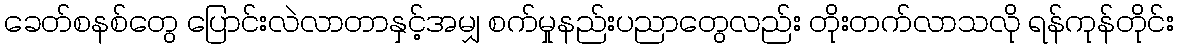
ခေတ်စနစ်တွေ ပြောင်းလဲလာတာနှင့်အမျှ စက်မှုနည်းပညာတွေလည်း တိုးတက်လာသလို ရန်ကုန်တိုင်း